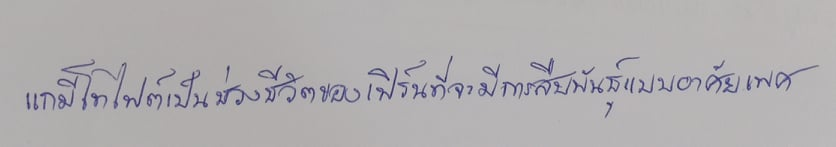
แกมีโทไฟต์เป็นช่วงชีวิตของเฟิร์นที่จะมีการสืบพันธุ์แบบอาศัยเพศ